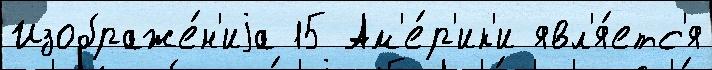
Изображе́н'иjа 15 Ам'е́р'ик'и явл'я́етс'я